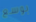
بوسع